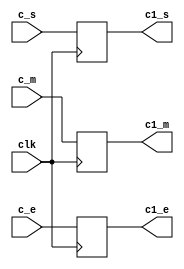
`timescale 1ns / 1ps
//////////////////////////////////////////////////////////////////////////////////
// Company: 
// Engineer: 
// 
// Design Name: 
// Module Name:    buf34 
// Project Name: 
// Target Devices: 
// Tool versions: 
// Description: 
//
// Dependencies: 
//
// Revision: 
// Revision 0.01 - File Created
// Additional Comments: 
//
//////////////////////////////////////////////////////////////////////////////////
module buf34(
    input [23:0] c_m,
    input [7:0] c_e,
    input c_s,
    input clk,
    output reg [23:0] c1_m,
    output reg [7:0] c1_e,
    output reg c1_s
    );

always @(posedge clk) begin
c1_m<=c_m;
c1_e<=c_e;
c1_s<=c_s;
end

endmodule